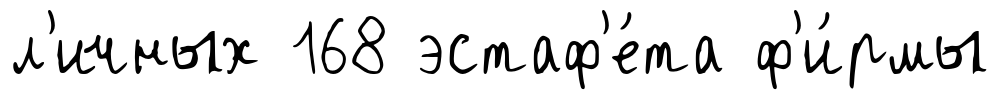
л'ичных 168 эстаф'е́та ф'и́рмы